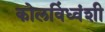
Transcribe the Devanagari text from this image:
कोलविंध्वंशी